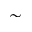
\sim